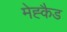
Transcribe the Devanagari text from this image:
मेह्कैड